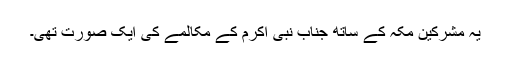
یہ مشرکین مکہ کے ساتھ جناب نبی اکرمؐ کے مکالمے کی ایک صورت تھی۔